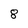
Character: 8